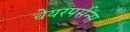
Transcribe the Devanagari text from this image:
चेयरपर्सन्स